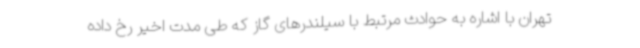
تهران با اشاره به حوادث مرتبط با سیلندرهای گاز که طی مدت اخیر رخ داده